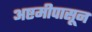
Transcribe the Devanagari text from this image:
अष्टमीपासून